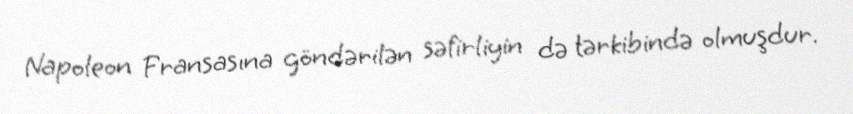
Napoleon Fransasına göndərilən səfirliyin də tərkibində olmuşdur.